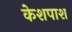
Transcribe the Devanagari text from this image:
केशपाश